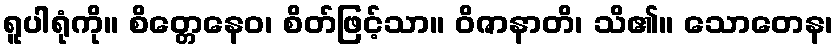
ရူပါရုံကို။ စိတ္တေနေဝ၊ စိတ်ဖြင့်သာ။ ဝိဇာနာတိ၊ သိ၏။ သောတေန၊